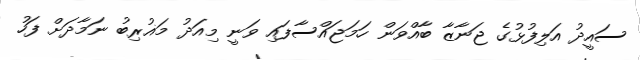
ސައީދު އަލިފުޅުގެ ޖަނާޒާ ބާއްވަން ހަމަޖައްސާފައި ވަނީ މިއަދު މަޣުރިބު ނަމާދަށް ފަހު